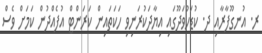
ރ. އުނގޫފާރާއި ދ. ކުޑަހުވަދޫގައި އިޔާދަކުރަނިވި ހަކަތައިން ކަރަންޓް އުފެއްދުން ކަމަށް ވެސް